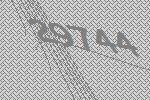
29744